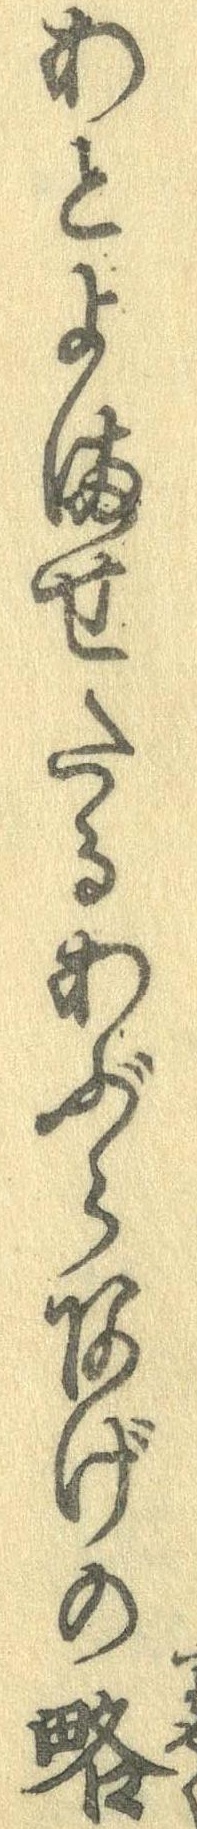
あとよませたるあぶらあげの略